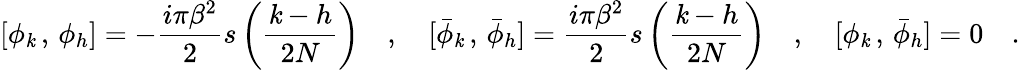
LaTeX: [\phi_{\mathit{k}}\, ,\, \phi_{h}]=-{\frac{{i\pi\beta^{2}}}{{2}}}s\left(\frac{{\mathit{k}-h}}{{2N}}\right)\quad,\quad[\bar{{\phi}}_{\mathit{k}}\, ,\, \bar{{\phi}}_{h}]={\frac{{i\pi\beta^{2}}}{{2}}}s\left(\frac{{\mathit{k}-h}}{{2N}}\right)\quad,\quad[\phi_{\mathit{k}}\, ,\, \bar{{\phi}}_{h}]=0\quad.